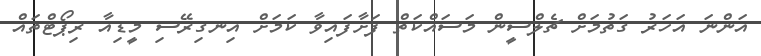
އަންނަ އަހަރު ގަތުމަށް ޗެލްސީން މަސައްކަތް ފަށާފައިވާ ކަމަށް އިނގިރޭސި މީޑިއާ ރިޕޯޓްތައް